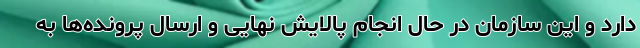
دارد و این سازمان در حال انجام پالایش‌ نهایی و ارسال پرونده‌ها به